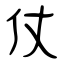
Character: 仗